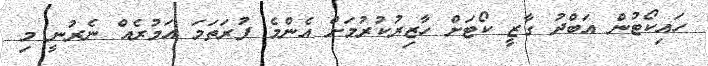
ހައިކޯޓުން އަބްދު ގާޒީ ކޯޓަށް ހާޒިރުކުރުމަށް އެންމެ ފުރަތަމަ އަމުރެއް ނެރުނީ މި